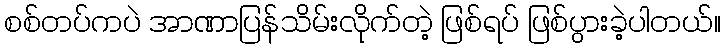
စစ်တပ်ကပဲ အာဏာပြန်သိမ်းလိုက်တဲ့ ဖြစ်ရပ် ဖြစ်ပွားခဲ့ပါတယ်။